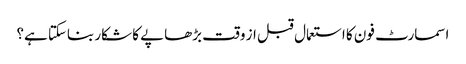
اسمارٹ فون کا استعمال قبل از وقت بڑھاپے کا شکار بناسکتا ہے؟